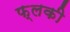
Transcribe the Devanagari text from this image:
फ्लकी